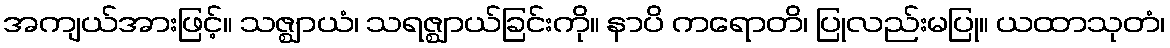
အကျယ်အားဖြင့်။ သဇ္ဈာယံ၊ သရဇ္ဈာယ်ခြင်းကို။ နာပိ ကရောတိ၊ ပြုလည်းမပြု။ ယထာသုတံ၊